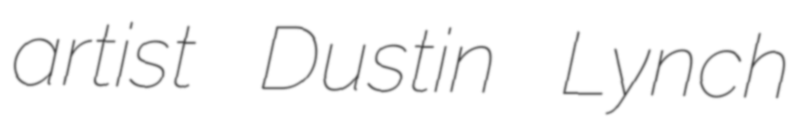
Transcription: artist Dustin Lynch